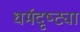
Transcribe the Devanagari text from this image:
धर्मदृष्ट्या